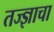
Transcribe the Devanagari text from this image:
तज्‍ज्ञाचा